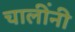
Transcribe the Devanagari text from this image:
चालींनी